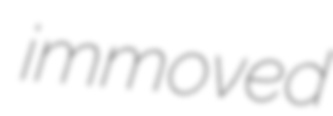
immoved